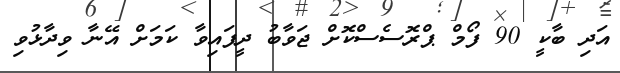
އަދި ބާކީ 90 ފޯމް ޕްރޮސެސްކޮށް ޖަވާބު ދީފައިވާ ކަމަށް އޭނާ ވިދާޅުވި